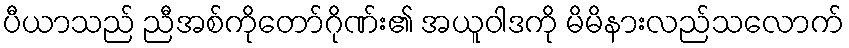
ပီယာသည် ညီအစ်ကိုတော်ဂိုဏ်း၏ အယူဝါဒကို မိမိနားလည်သလောက်